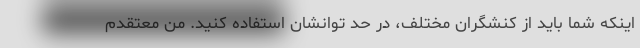
اینکه شما باید از کنشگران مختلف، در حد توانشان استفاده کنید. من معتقدم